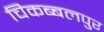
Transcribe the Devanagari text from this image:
चिकब्बलपुर